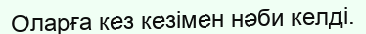
Оларға кез кезімен нәби келді.